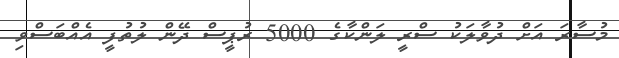
މުސާރަ އަށް ދުވާލަކު ސްރީ ލަންކާގެ 5000 ރުޕީސް ދޭން ލުތުފީ އެއްބަސްވި